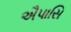
ઐપાસિ